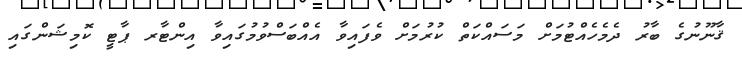
ޤާނޫނުގެ ބާރު ދެމެހެއްޓުމަށް މަސައްކަތް ކުރުމަށް ވެފައިވާ އެއްބަސްވުމުގައިވާ އިންޓާރ ޕާޓީ ކޮމިޝަންގައި